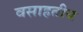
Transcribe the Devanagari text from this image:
वसाहतीय